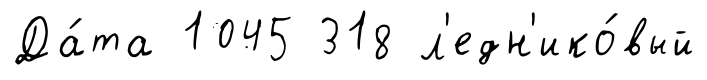
Да́та 1045 318 л'едн'ико́вый